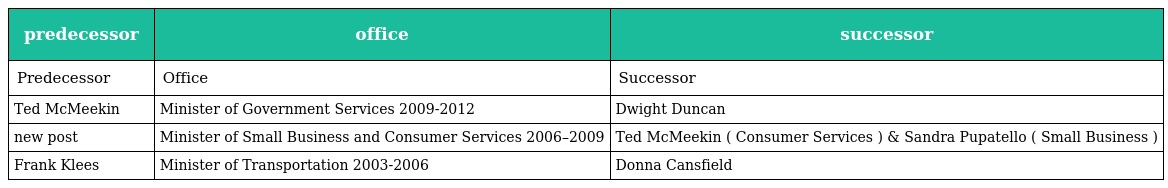
| predecessor | office | successor |
 | --- | --- | --- |
 | Predecessor | Office | Successor |
 | Ted McMeekin | Minister of Government Services 2009-2012 | Dwight Duncan |
 | new post | Minister of Small Business and Consumer Services 2006–2009 | Ted McMeekin ( Consumer Services ) & Sandra Pupatello ( Small Business ) |
 | Frank Klees | Minister of Transportation 2003-2006 | Donna Cansfield |